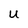
Character: U